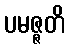
ပမဇ္ဇတိ